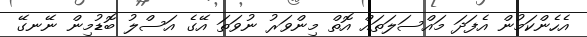
އެހެންކަމުން އެފަދަ މައްސަލަތައް އޮތް މިންވަރު ނުވަތަ އޭގެ އަސްލު ބޮޑުމިން ނޭނގޭ